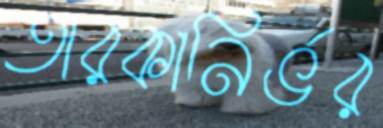
তারকানির্ভর